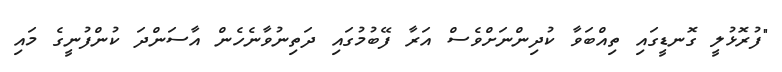
"ފުރޮޅުލީ ގޮނޑީގައި ތިއްބަވާ ކުދިންނަށްވެސް އަރާ ފޭބުމުގައި ދަތިނުވާނެހެން އާސަންދަ ކުންފުނީގެ މައި